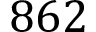
8 6 2